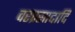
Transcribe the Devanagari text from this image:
वरप्रसादादि